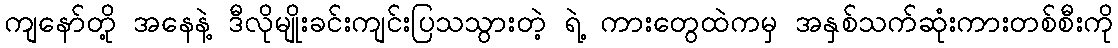
ကျနော်တို့ အနေနဲ့ ဒီလိုမျိုးခင်းကျင်းပြသသွားတဲ့ ရဲ့ ကားတွေထဲကမှ အနှစ်သက်ဆုံးကားတစ်စီးကို